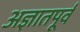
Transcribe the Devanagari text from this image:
अज्ञातपूर्व